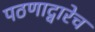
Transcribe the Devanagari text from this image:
पठणाद्वारेच